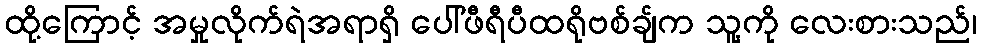
ထို့ကြောင့် အမှုလိုက်ရဲအရာရှိ ပေါ်ဖီရီပီထရိုဗစ်ချ်က သူ့ကို လေးစားသည်၊